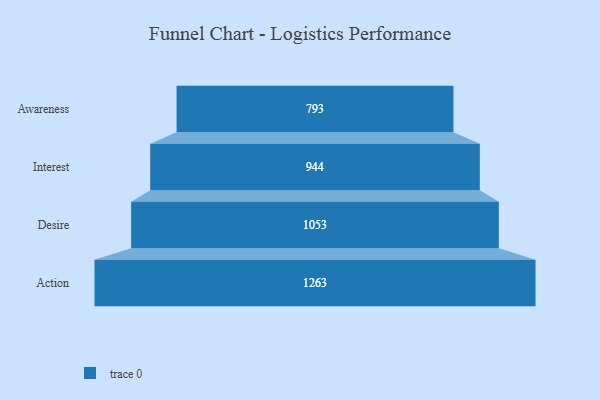
{"axis": {"x": "Stage", "y": "Value"}, "legend": [""], "data": [{"x": "Awareness", "y": 793.0, "type": ""}, {"x": "Interest", "y": 944.0, "type": ""}, {"x": "Desire", "y": 1053.0, "type": ""}, {"x": "Action", "y": 1263.0, "type": ""}]}